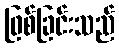
ဖြစ်ခြင်းသည်